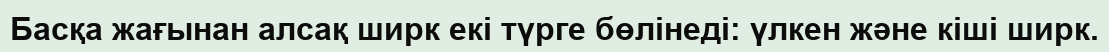
Басқа жағынан алсақ ширк екі түрге бөлінеді: үлкен және кіші ширк.